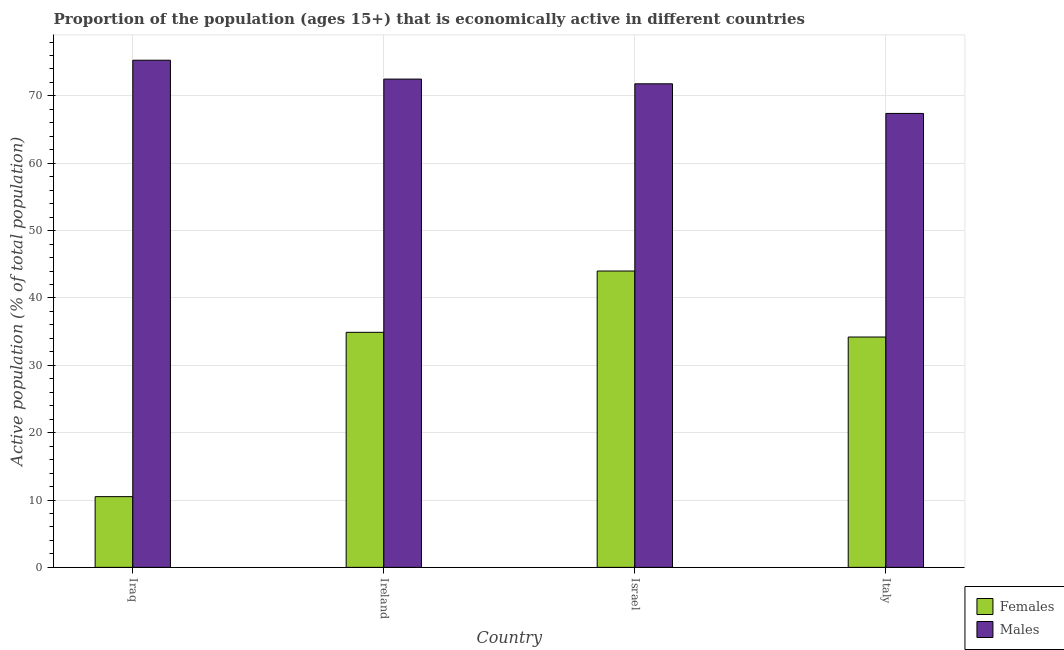
| Country | Females | Males |
 | --- | --- | --- |
 | Iraq | 10.5 | 75.3 |
 | Ireland | 34.9 | 72.5 |
 | Israel | 44 | 71.8 |
 | Italy | 34.2 | 67.4 |